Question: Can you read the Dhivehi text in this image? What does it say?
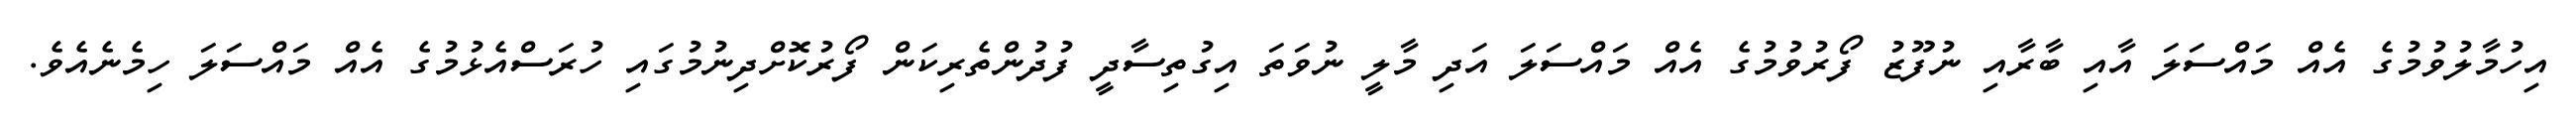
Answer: އިހުމާލުވުމުގެ އެއް މައްސަލަ އާއި ބާރާއި ނުފޫޒު ފޯރުވުމުގެ އެއް މައްސަލަ އަދި މާލީ ނުވަތަ އިގުތިސާދީ ފުދުންތެރިކަން ފޯރުކޮށްދިނުމުގައި ހުރަސްއެޅުމުގެ އެއް މައްސަލަ ހިމެނެއެވެ.